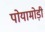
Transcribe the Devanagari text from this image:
पोयामोड़ी